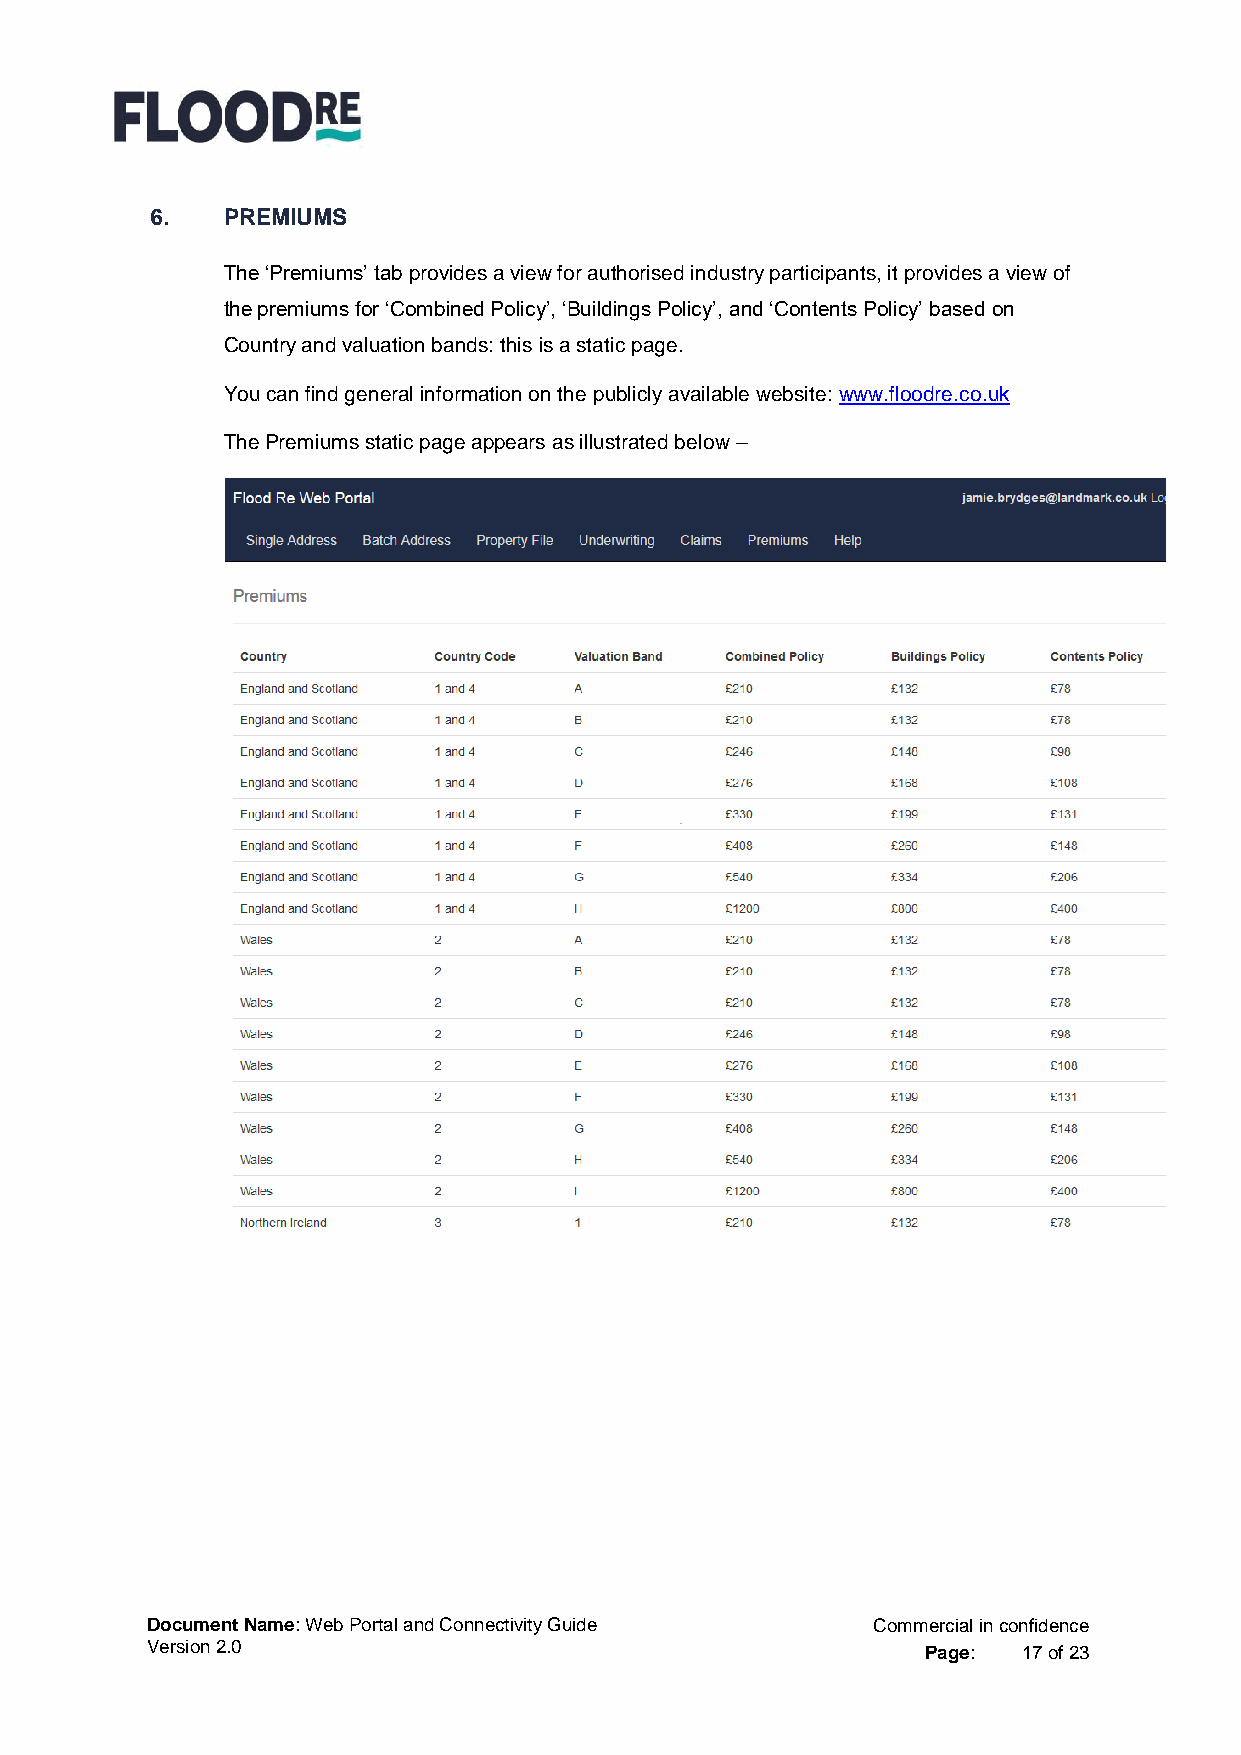
6.   PREMIUMS
 The ‘Premiums’ tab provides a view for authorised industry participants, it provides a view of
 the premiums for ‘Combined Policy’, ‘Buildings Policy’, and ‘Contents Policy’ based on
 Country and valuation bands: this is a static page.
 You can find general information on the publicly available website: www.floodre.co.uk
 The Premiums static page appears as illustrated below –
 Document Name: Web Portal and Connectivity Guide Commercial in confidence
 Version 2.0                                        Page:  17 of 23